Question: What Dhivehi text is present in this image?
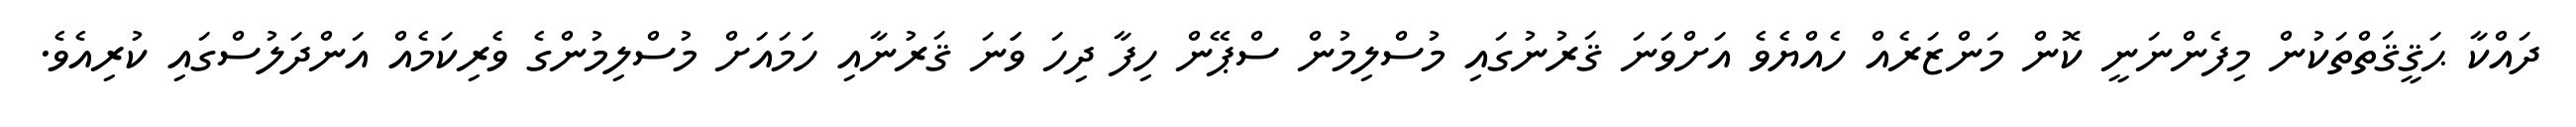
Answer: ދައްކާ ޙަޤީޤަތްތަކުން މިފެންނަނީ ކޮން މަންޒަރެއް ހެއްޔެވެ އަށްވަނަ ޤަރުނުގައި މުސްލިމުން ސްޕޭން ހިފާ ދިހަ ވަަނަ ޤަރުނާއި ހަމައަށް މުސްލިމުންގެ ވެރިކަމެއް އަންދަލުސްގައި ކުރިއެވެ.